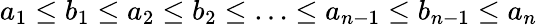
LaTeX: a_{1}\leq b_{1}\leq a_{2}\leq b_{2}\leq\ldots\leq a_{n-1}\leq b_{n-1}\leq a_{n}